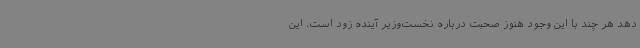
دهد هر چند با این وجود هنوز صحبت درباره نخست‌وزیر آینده زود است. این